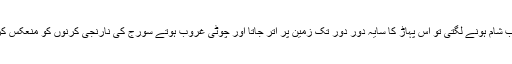
صبح ہوتی تو کرنوں کا جھومر سفید برف پر سجا دیتی جب شام ہونے لگتی تو اس پہاڑ کا سایہ دور دور تک زمین پر اتر جاتا اور چوٹی غروب ہوتے سورج کی نارنجی کرنوں کو منعکس کرتی تو زمین کے ماتھے پر طلائی تاج کی مانند نظر آتی۔